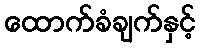
ထောက်ခံချက်နှင့်